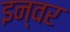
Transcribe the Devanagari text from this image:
इन्वर